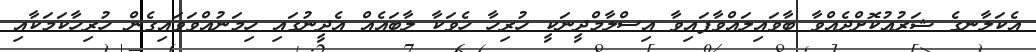
އެކަލާނގެ ޝަރުޢުކޮށްދެއްވާ ބާވައިލައްވާފައިވާ އިސްލާމްދީނަކީ ހުރިހާ ހެވަކާ ލާބައެއް އެދީނުގައި ހިމަނުއްވަވައިގެން ހުރިހާކަމަކާއި